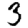
Digit: 3